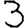
Digit: 3